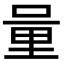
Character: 𨤥